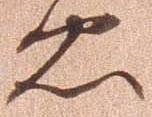
忠